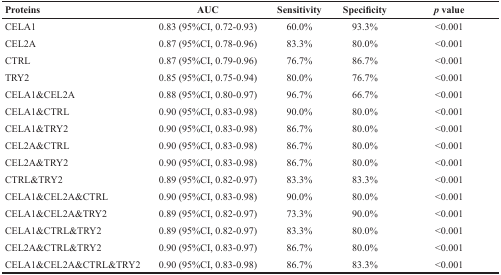
<table><thead><tr><td><b>Proteins</b></td><td><b>AUC</b></td><td><b>Sensitivity</b></td><td><b>Specificity</b></td><td><b><i>p</i> value</b></td></tr></thead><tbody><tr><td>CELA1</td><td>0.83 (95%CI, 0.72-0.93)</td><td>60.0%</td><td>93.3%</td><td>&lt;0.001</td></tr><tr><td>CEL2A</td><td>0.87 (95%CI, 0.78-0.96)</td><td>83.3%</td><td>80.0%</td><td>&lt;0.001</td></tr><tr><td>CTRL</td><td>0.87 (95%CI, 0.79-0.96)</td><td>76.7%</td><td>86.7%</td><td>&lt;0.001</td></tr><tr><td>TRY2</td><td>0.85 (95%CI, 0.75-0.94)</td><td>80.0%</td><td>76.7%</td><td>&lt;0.001</td></tr><tr><td>CELA1&amp;CEL2A</td><td>0.88 (95%CI, 0.80-0.97)</td><td>96.7%</td><td>66.7%</td><td>&lt;0.001</td></tr><tr><td>CELA1&amp;CTRL</td><td>0.90 (95%CI, 0.83-0.98)</td><td>90.0%</td><td>80.0%</td><td>&lt;0.001</td></tr><tr><td>CELA1&amp;TRY2</td><td>0.90 (95%CI, 0.83-0.98)</td><td>86.7%</td><td>80.0%</td><td>&lt;0.001</td></tr><tr><td>CEL2A&amp;CTRL</td><td>0.90 (95%CI, 0.83-0.98)</td><td>86.7%</td><td>80.0%</td><td>&lt;0.001</td></tr><tr><td>CEL2A&amp;TRY2</td><td>0.90 (95%CI, 0.83-0.98)</td><td>86.7%</td><td>80.0%</td><td>&lt;0.001</td></tr><tr><td>CTRL&amp;TRY2</td><td>0.89 (95%CI, 0.82-0.97)</td><td>83.3%</td><td>83.3%</td><td>&lt;0.001</td></tr><tr><td>CELA1&amp;CEL2A&amp;CTRL</td><td>0.90 (95%CI, 0.83-0.98)</td><td>90.0%</td><td>80.0%</td><td>&lt;0.001</td></tr><tr><td>CELA1&amp;CEL2A&amp;TRY2</td><td>0.89 (95%CI, 0.82-0.97)</td><td>73.3%</td><td>90.0%</td><td>&lt;0.001</td></tr><tr><td>CELA1&amp;CTRL&amp;TRY2</td><td>0.89 (95%CI, 0.82-0.97)</td><td>83.3%</td><td>80.0%</td><td>&lt;0.001</td></tr><tr><td>CEL2A&amp;CTRL&amp;TRY2</td><td>0.90 (95%CI, 0.83-0.97)</td><td>86.7%</td><td>80.0%</td><td>&lt;0.001</td></tr><tr><td>CELA1&amp;CEL2A&amp;CTRL&amp;TRY2</td><td>0.90 (95%CI, 0.83-0.98)</td><td>86.7%</td><td>83.3%</td><td>&lt;0.001</td></tr></tbody></table>